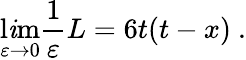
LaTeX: \operatorname*{l\mathit{i}m}_{\varepsilon\to0}{\frac{{1}}{{\varepsilon}}}L=6t(t-x)\ .